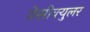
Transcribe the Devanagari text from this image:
वेसीक्युलर